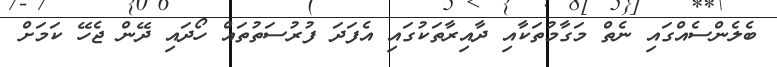
ބެލެންސެއްގައި ނެތް މަގާމުތަކާއި ދާއިރާތަކުގައި އެފަދަ ފުރުސަތުތައް ހޯދައި ދޭން ޖެހޭ ކަމަށް